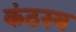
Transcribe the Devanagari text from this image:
कंठस्य